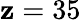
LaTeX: \mathbf{z}=35